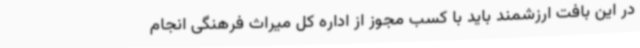
در این بافت ارزشمند باید با کسب مجوز از اداره کل میراث فرهنگی انجام